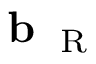
{ \bf b } _ { \mathrm { ~ \tiny ~ R ~ } }